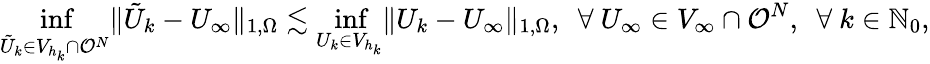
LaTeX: \operatorname*{inf}_{\tilde{U}_{k}\in V_{h_{k}}\cap\mathcal{O}^{N}}\lVert\tilde{U}_{k}-U_{\infty}\rVert_{1,\Omega}\lesssim\operatorname*{inf}_{U_{k}\in V_{h_{k}}}\lVert U_{k}-U_{\infty}\rVert_{1,\Omega},~~\forall~U_{\infty}\in V_{\infty}\cap\mathcal{O}^{N},~~\forall~k\in\mathbb{N}_{0},